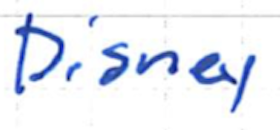
Text: Disney
Cross-out: clean
Writing tool: ballpoint